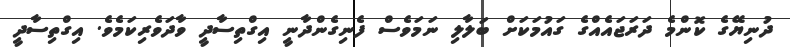
ދުނިޔޭގެ ކޮންމެ ދަރަޖައެއްގެ ގައުމަކަށް ބަލާލި ނަމަވެސް ފެނިގެންދާނީ އިގްތިސާދީ ވާދަވެރިކަމެވެ. އިގްތިސާދީ